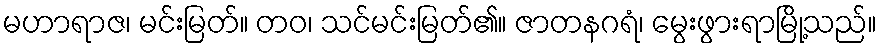
မဟာရာဇ၊ မင်းမြတ်။ တဝ၊ သင်မင်းမြတ်၏။ ဇာတနဂရံ၊ မွေးဖွားရာမြို့သည်။